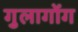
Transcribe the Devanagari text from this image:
गुलागोंग